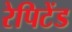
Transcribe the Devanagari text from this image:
रेपिटेंड